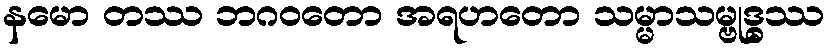
နမော တဿ ဘဂဝတော အရဟတော သမ္မာသမ္ဗုဒ္ဓဿ